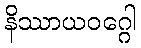
နိဿာယဝဂ္ဂေါ